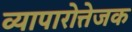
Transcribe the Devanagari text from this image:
व्यापारोत्तेजक